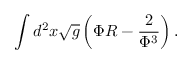
\int d ^ { 2 } x \sqrt { g } \left( \Phi R - \frac { 2 } { \Phi ^ { 3 } } \right) .